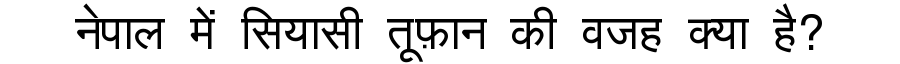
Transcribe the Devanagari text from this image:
नेपाल में सियासी तूफ़ान की वजह क्या है?